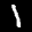
Label: 1